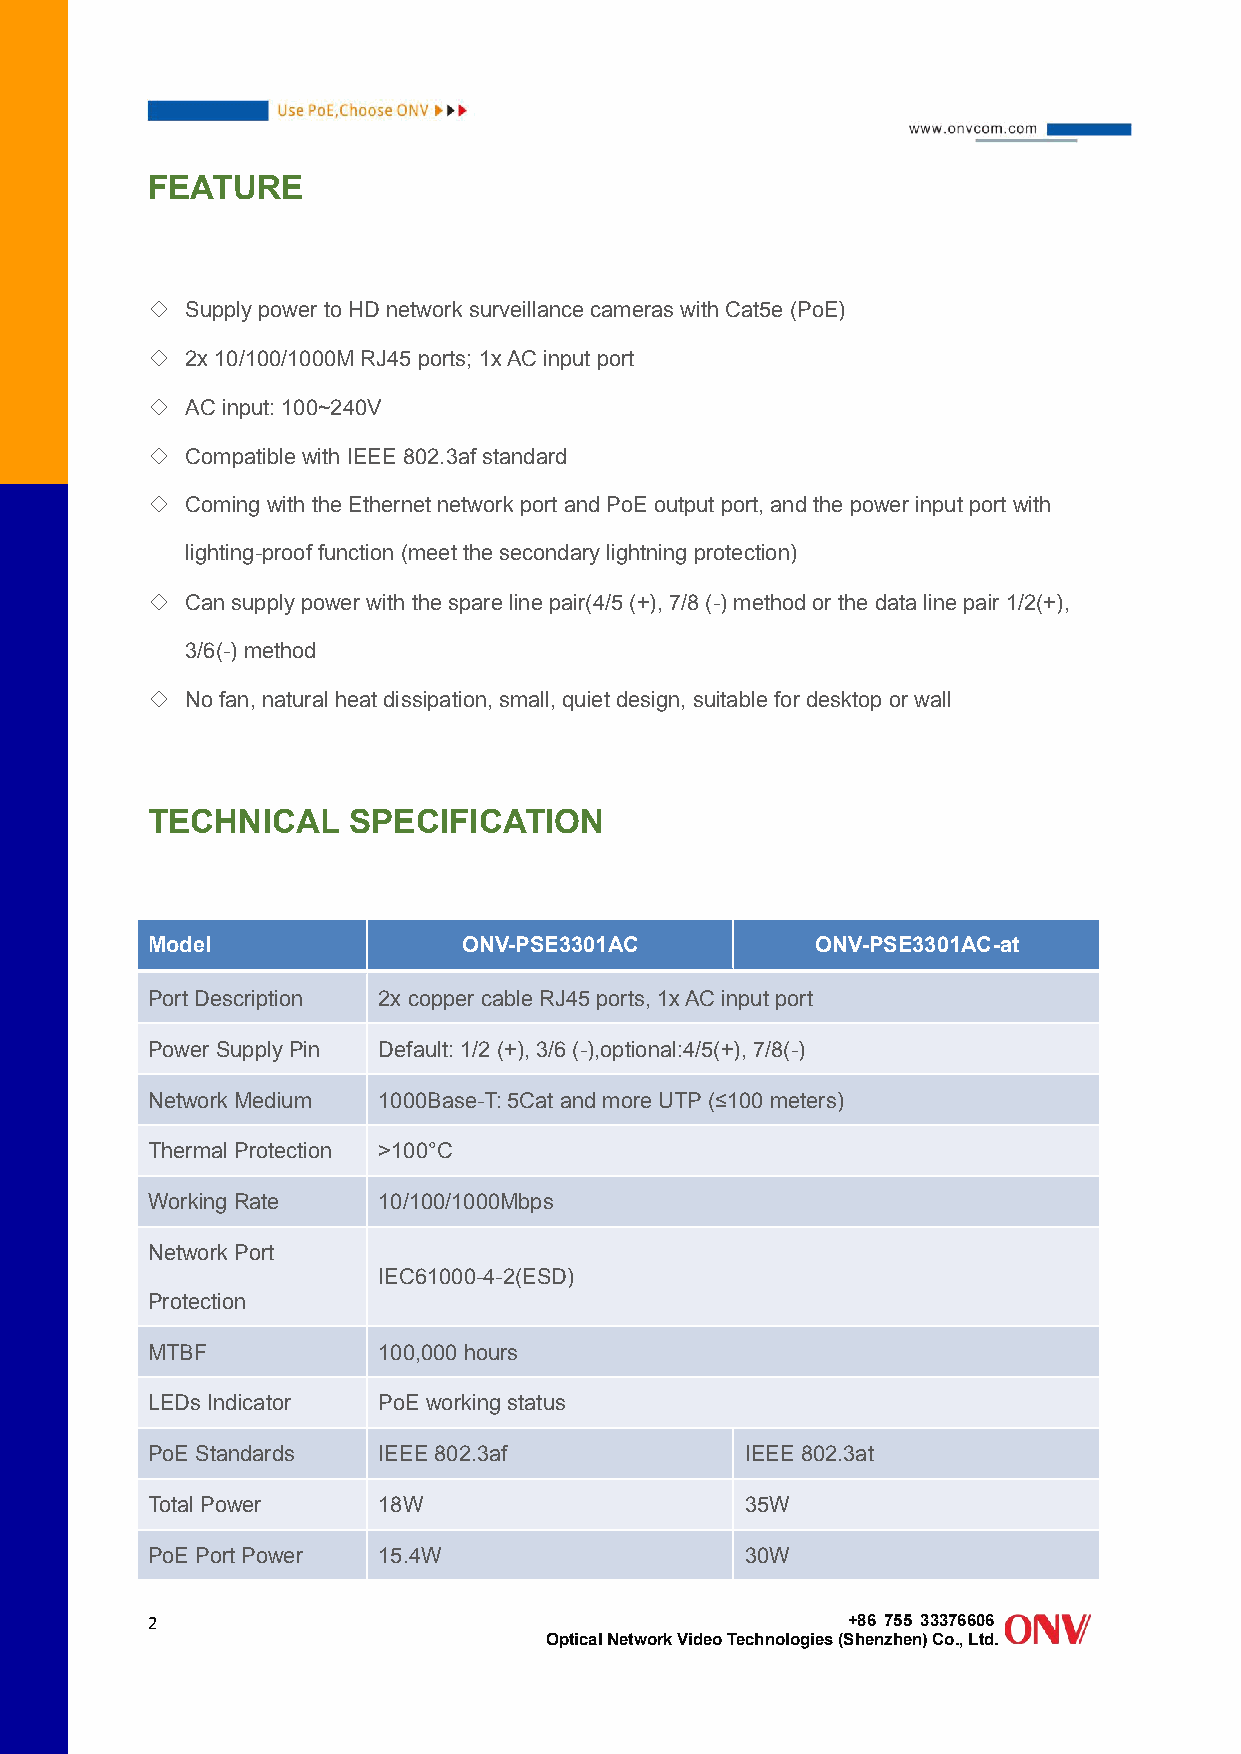
FEATURE
 ◇ Supplypower toHD network surveillancecameras with Cat5e(PoE)
 ◇ 2x10/100/1000MRJ45 ports;1xACinput port
 ◇ AC input:100~240V
 ◇ Compatiblewith IEEE 802.3afstandard
 ◇ Comingwith the Ethernetnetwork portandPoE output port,andthe power inputportwith
 lighting-prooffunction (meetthesecondary lightning protection)
 ◇ Cansupplypower with the spareline pair(4/5(+),7/8 (-) methodor the dataline pair 1/2(+),
 3/6(-) method
 ◇ Nofan,naturalheatdissipation,small,quietdesign, suitable fordesktop or wall
 TECHNICAL    SPECIFICATION
 Model                ONV-PSE3301AC          ONV-PSE3301AC-at
 PortDescription 2x copper cable RJ45ports, 1xAC inputport
 Power Supply Pin Default:1/2 (+),3/6 (-),optional:4/5(+), 7/8(-)
 Network Medium 1000Base-T:5Catand moreUTP(≤100 meters)
 ThermalProtection >100°C
 WorkingRate    10/100/1000Mbps
 Network Port
 IEC61000-4-2(ESD)
 Protection
 MTBF           100,000hours
 LEDsIndicator  PoE working status
 PoE Standards  IEEE 802.3af            IEEE802.3at
 TotalPower     18W                     35W
 PoE PortPower  15.4W                   30W
 2                                             +86 755 33376606
 OpticalNetworkVideoTechnologies(Shenzhen)Co.,Ltd.